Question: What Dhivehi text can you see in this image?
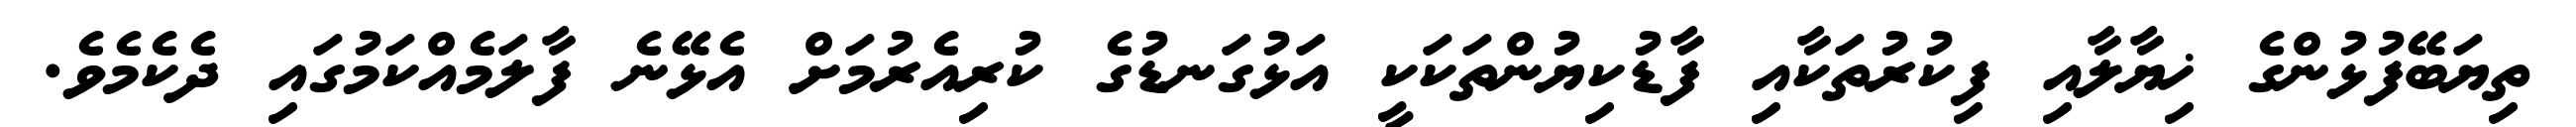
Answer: ތިޔަބޭފުޅުންގެ ޚިޔާލާއި ފިކުރުތަކާއި ފާޑުކިޔުންތަކަކީ އަޅުގަނޑުގެ ކުރިއެރުމަށް އެޅޭނެ ފާލަމެއްކަމުގައި ދެކެމެވެ.